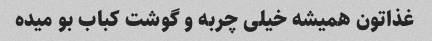
غذاتون همیشه خیلی چربه و گوشت کباب بو میده